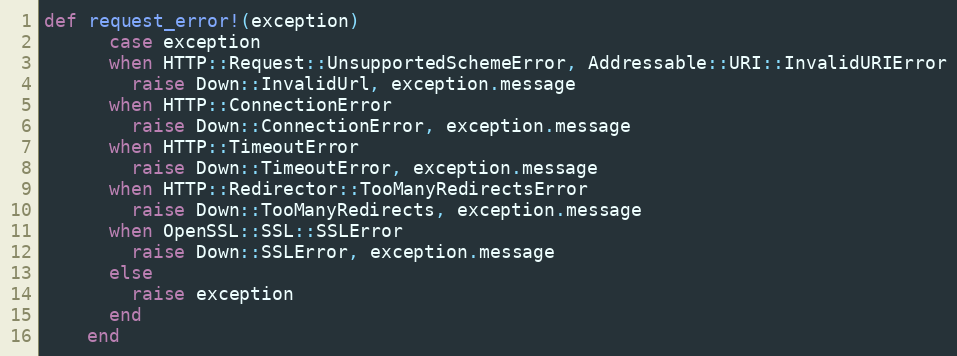
Language: Ruby
def request_error!(exception)
      case exception
      when HTTP::Request::UnsupportedSchemeError, Addressable::URI::InvalidURIError
        raise Down::InvalidUrl, exception.message
      when HTTP::ConnectionError
        raise Down::ConnectionError, exception.message
      when HTTP::TimeoutError
        raise Down::TimeoutError, exception.message
      when HTTP::Redirector::TooManyRedirectsError
        raise Down::TooManyRedirects, exception.message
      when OpenSSL::SSL::SSLError
        raise Down::SSLError, exception.message
      else
        raise exception
      end
    end